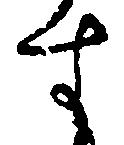
す